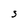
Character: S